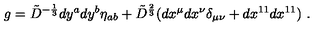
g = { \tilde { D } } ^ { - { \frac { 1 } { 3 } } } d y ^ { a } d y ^ { b } \eta _ { a b } + { \tilde { D } } ^ { { \frac { 2 } { 3 } } } ( d x ^ { \mu } d x ^ { \nu } \delta _ { \mu \nu } + d x ^ { 1 1 } d x ^ { 1 1 } ) \ .